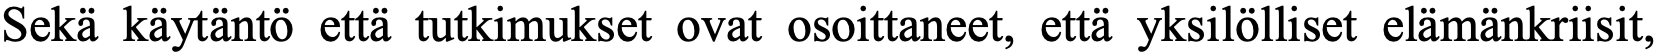
Sekä käytäntö että tutkimukset ovat osoittaneet, että yksilölliset elämänkriisit,